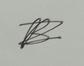
Signature authenticity: forged